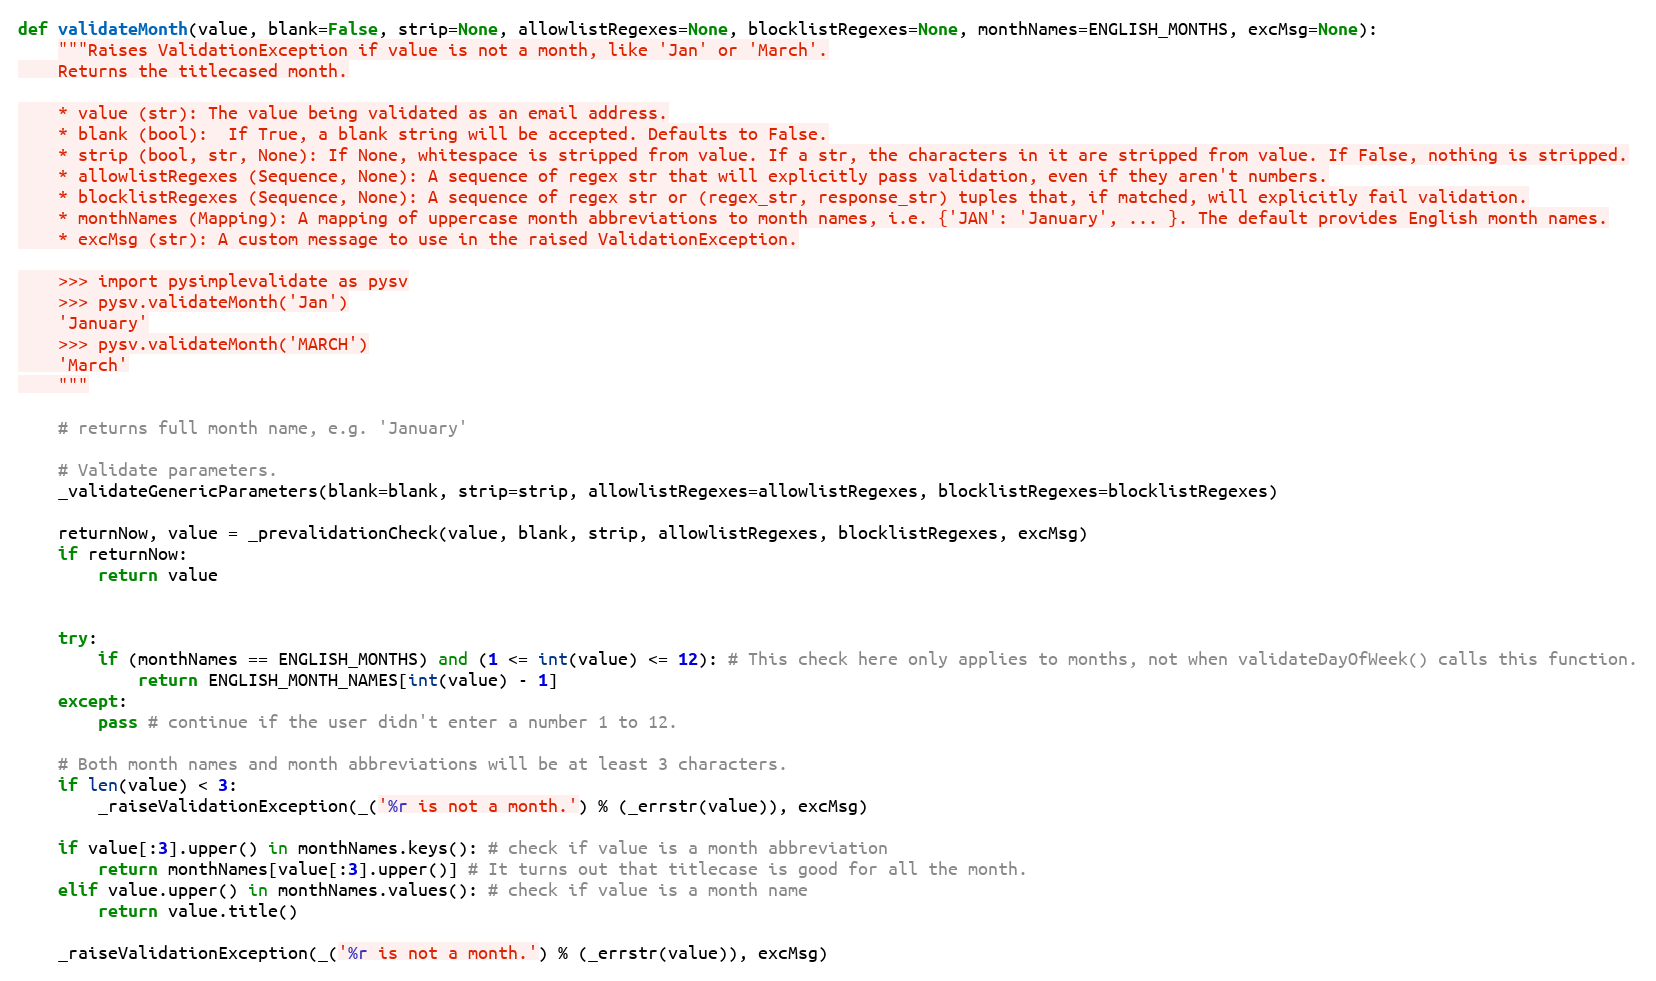
Language: Python
def validateMonth(value, blank=False, strip=None, allowlistRegexes=None, blocklistRegexes=None, monthNames=ENGLISH_MONTHS, excMsg=None):
    """Raises ValidationException if value is not a month, like 'Jan' or 'March'.
    Returns the titlecased month.

    * value (str): The value being validated as an email address.
    * blank (bool):  If True, a blank string will be accepted. Defaults to False.
    * strip (bool, str, None): If None, whitespace is stripped from value. If a str, the characters in it are stripped from value. If False, nothing is stripped.
    * allowlistRegexes (Sequence, None): A sequence of regex str that will explicitly pass validation, even if they aren't numbers.
    * blocklistRegexes (Sequence, None): A sequence of regex str or (regex_str, response_str) tuples that, if matched, will explicitly fail validation.
    * monthNames (Mapping): A mapping of uppercase month abbreviations to month names, i.e. {'JAN': 'January', ... }. The default provides English month names.
    * excMsg (str): A custom message to use in the raised ValidationException.

    >>> import pysimplevalidate as pysv
    >>> pysv.validateMonth('Jan')
    'January'
    >>> pysv.validateMonth('MARCH')
    'March'
    """

    # returns full month name, e.g. 'January'

    # Validate parameters.
    _validateGenericParameters(blank=blank, strip=strip, allowlistRegexes=allowlistRegexes, blocklistRegexes=blocklistRegexes)

    returnNow, value = _prevalidationCheck(value, blank, strip, allowlistRegexes, blocklistRegexes, excMsg)
    if returnNow:
        return value

    try:
        if (monthNames == ENGLISH_MONTHS) and (1 <= int(value) <= 12): # This check here only applies to months, not when validateDayOfWeek() calls this function.
            return ENGLISH_MONTH_NAMES[int(value) - 1]
    except:
        pass # continue if the user didn't enter a number 1 to 12.

    # Both month names and month abbreviations will be at least 3 characters.
    if len(value) < 3:
        _raiseValidationException(_('%r is not a month.') % (_errstr(value)), excMsg)

    if value[:3].upper() in monthNames.keys(): # check if value is a month abbreviation
        return monthNames[value[:3].upper()] # It turns out that titlecase is good for all the month.
    elif value.upper() in monthNames.values(): # check if value is a month name
        return value.title()

    _raiseValidationException(_('%r is not a month.') % (_errstr(value)), excMsg)